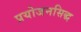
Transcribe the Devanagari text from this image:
प्रयोजनसिद्ध